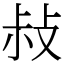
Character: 敊